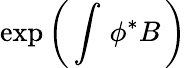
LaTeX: \exp\left(\, \int\, \phi^{*}B\, \right)